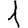
Digit: 1